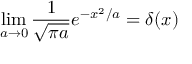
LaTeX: \operatorname * { l i m } _ { a \to 0 } \frac { 1 } { \sqrt { \pi a } } e ^ { - x ^ { 2 } / a } = \delta ( x )